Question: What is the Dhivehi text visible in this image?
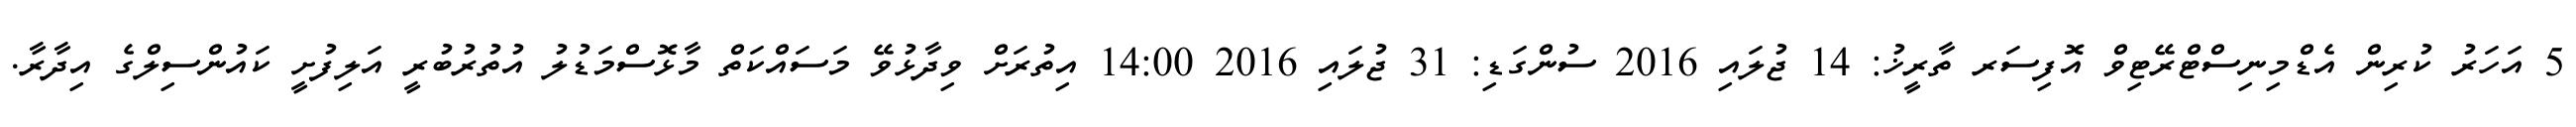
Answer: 5 އަހަރު ކުރިން އެޑްމިނިސްޓްރޭޓިވް އޮފިސަރ ތާރީޚު: 14 ޖުލައި 2016 ސުންގަޑި: 31 ޖުލައި 2016 14:00 އިތުރަށް ވިދާޅުވޭ މަސައްކަތް މާޅޮސްމަޑުލު އުތުރުބުރީ އަލިފުށީ ކައުންސިލްގެ އިދާރާ.